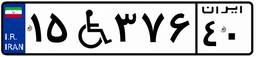
۱۵W۳۷۶۴۰